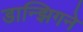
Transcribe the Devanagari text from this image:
डान्झिगने